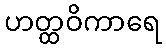
ဟတ္ထဝိကာရေ